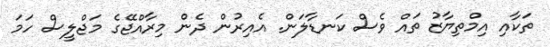
ތަކާއި އިމްތިޔާޒު ތައް ވެސް ކަނޑާލަން. އެއިރުން ދެން މިރާއްޖޭގެ މަޖްލީސް ހަމަ